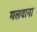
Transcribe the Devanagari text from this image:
मलवाना